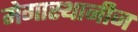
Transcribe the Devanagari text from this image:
मेगास्थानीज